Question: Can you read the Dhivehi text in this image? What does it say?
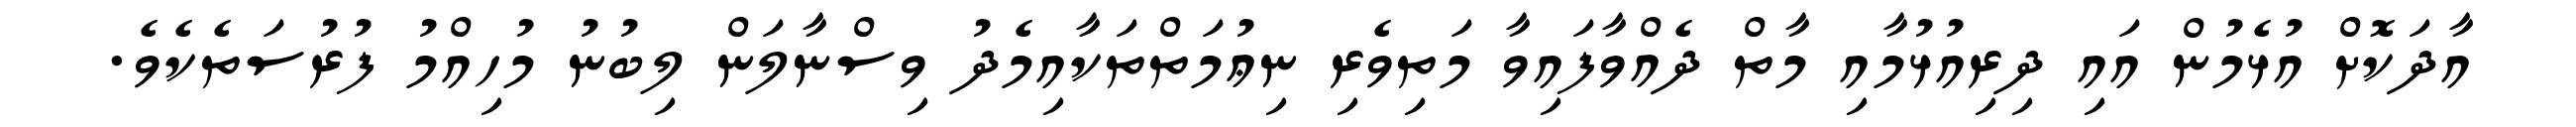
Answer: އާދަކޮށް އުޅެމުން އައި ދިރިއުޅުމާއި މާތް ދެއްވާފައިވާ މަތިވެރި ނިޢުމަތްތަކާއިމެދު ވިސްނާލަން ލިބުނު މުހިއްމު ފުރުސަތެކެވެ.